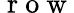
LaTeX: \mathrm{~r~o~w~}